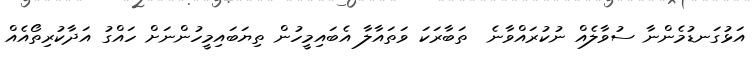
އަޅުގަނޑުމެންނާ ސުވާލެއް ނުކުރައްވާނެ  ތަބާރަކަ ވަތައާލާ އެބައިމީހުން ތިޔަބައިމީހުންނަށް ހައްގު އަދާކުރިތޯއެއް